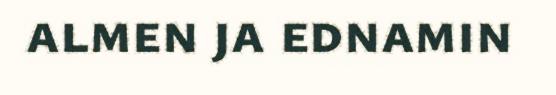
almen ja ednamin